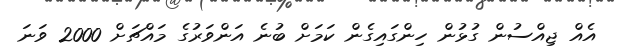
އެއް ޖިއްސުން ގުޅުން ހިންގައިގެން ކަމަށް ބުނެ އަންވަރުގެ މައްޗަށް 2000 ވަަނަ